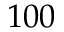
1 0 0